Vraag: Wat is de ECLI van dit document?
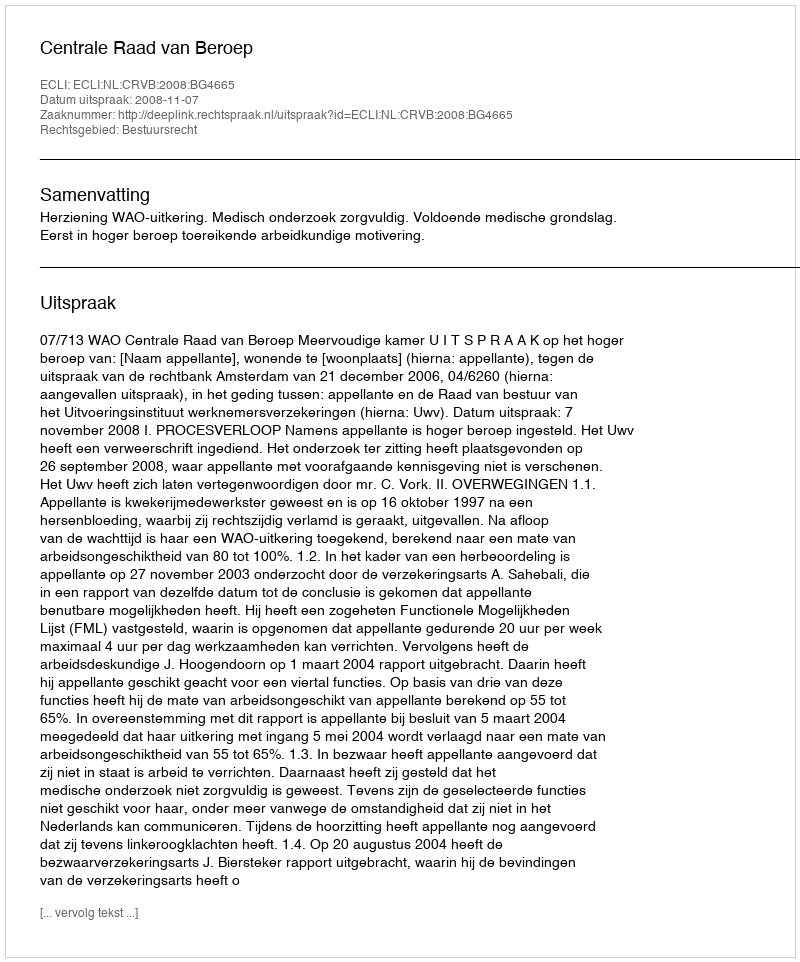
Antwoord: ECLI:NL:CRVB:2008:BG4665